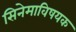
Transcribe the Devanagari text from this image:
सिनेमाविषयक